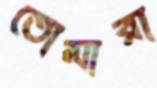
তোমারা